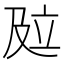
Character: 𰆾